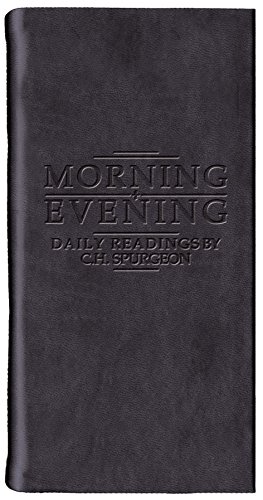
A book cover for Morning And Evening (Daily Readings); C. H. Spurgeon; Christian Books & Bibles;